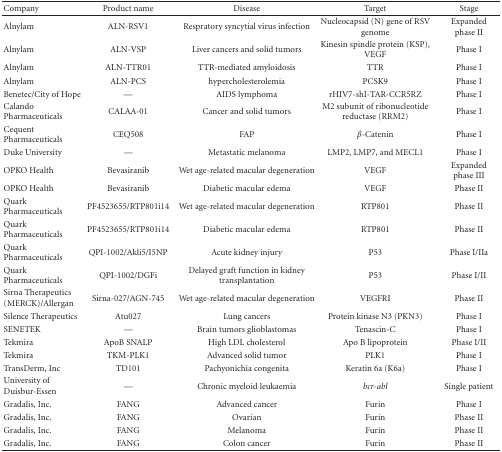
| Company | Product name | Disease | Target | Stage |
 | --- | --- | --- | --- | --- |
 | Alnylam | ALN-RSV1 | Respratory syncytial virus infection | Nucleocapsid (N) gene of RSV genome | Expandedphase II |
 | Alnylam | ALN-VSP | Liver cancers and solid tumors | Kinesin spindle protein (KSP), VEGF | Phase I |
 | Alnylam | ALN-TTR01 | TTR-mediated amyloidosis | TTR | Phase I |
 | Alnylam | ALN-PCS | hypercholesterolemia | PCSK9 | Phase I |
 | Benetec/City of Hope | — | AIDS lymphoma | rHIV7-shI-TAR-CCR5RZ | Phase I |
 | Calando Pharmaceuticals | CALAA-01 | Cancer and solid tumors | M2 subunit of ribonucleotide reductase (RRM2) | Phase I |
 | Cequent Pharmaceuticals | CEQ508 | FAP | β-Catenin | Phase I |
 | Duke University | — | Metastatic melanoma | LMP2, LMP7, and MECL1 | Phase I |
 | OPKO Health | Bevasiranib | Wet age-related macular degeneration | VEGF | Expandedphase III |
 | OPKO Health | Bevasiranib | Diabetic macular edema | VEGF | Phase II |
 | Quark Pharmaceuticals | PF4523655/RTP801i14 | Wet age-related macular degeneration | RTP801 | Phase II |
 | Quark Pharmaceuticals | PF4523655/RTP801i14 | Diabetic macular edema | RTP801 | Phase II |
 | Quark Pharmaceuticals | QPI-1002/Akli5/I5NP | Acute kidney injury | P53 | Phase I/IIa |
 | Quark Pharmaceuticals | QPI-1002/DGFi | Delayed graft function in kidney transplantation | P53 | Phase I/II |
 | Sirna Therapeutics (MERCK)/Allergan | Sirna-027/AGN-745 | Wet age-related macular degeneration | VEGFRI | Phase II |
 | Silence Therapeutics | Atu027 | Lung cancers | Protein kinase N3 (PKN3) | Phase I |
 | SENETEK | — | Brain tumors glioblastomas | Tenascin-C | Phase I |
 | Tekmira | ApoB SNALP | High LDL cholesterol | Apo B lipoprotein | Phase I/II |
 | Tekmira | TKM-PLK1 | Advanced solid tumor | PLK1 | Phase I |
 | TransDerm, Inc | TD101 | Pachyonichia congenita | Keratin 6a (K6a) | Phase I |
 | University of Duisbur-Essen | — | Chronic myeloid leukaemia | bcr-abl | Single patient |
 | Gradalis, Inc. | FANG | Advanced cancer | Furin | Phase I |
 | Gradalis, Inc. | FANG | Ovarian | Furin | Phase II |
 | Gradalis, Inc. | FANG | Melanoma | Furin | Phase II |
 | Gradalis, Inc. | FANG | Colon cancer | Furin | Phase II |